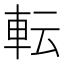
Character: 転